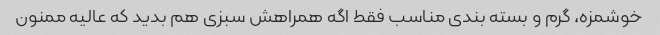
خوشمزه، گرم و بسته بندی مناسب فقط اگه همراهش سبزی هم بدید که عالیه ممنون